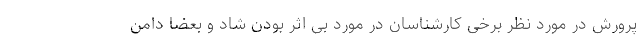
پرورش در مورد نظر برخی کارشناسان در مورد بی اثر بودن شاد و بعضا دامن